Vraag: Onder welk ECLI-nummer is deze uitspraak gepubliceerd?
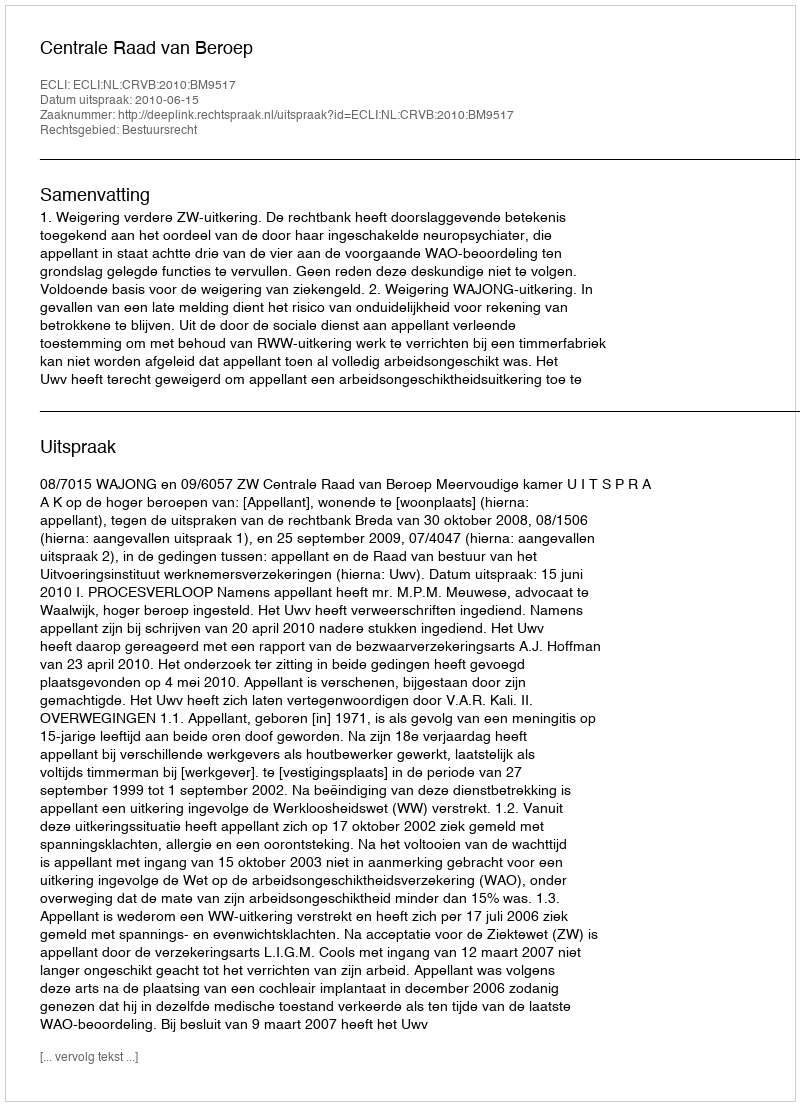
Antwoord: ECLI:NL:CRVB:2010:BM9517